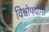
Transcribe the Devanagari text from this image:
विश्वोपयोगी